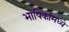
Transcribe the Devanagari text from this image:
भाषिकांमध्ये